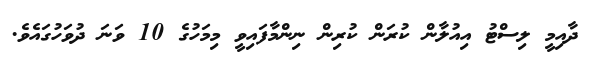
ދާއިމީ ލިސްޓު އިއުލާން ކުރަން ކުރިން ނިންމާފައިވީ މިމަހުގެ 10 ވަނަ ދުވަހުގައެވެ.